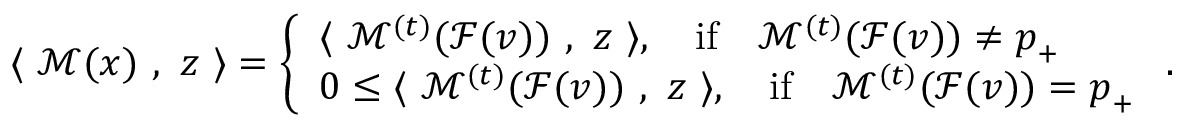
\langle ~ \mathcal { M } ( { \boldsymbol x } ) ~ , ~ { \boldsymbol z } ~ \rangle = \left\{ \begin{array} { l l } { \langle ~ \mathcal { M } ^ { ( t ) } ( \mathcal { F } ( v ) ) ~ , ~ { \boldsymbol z } ~ \rangle , \quad \mathrm { i f } \quad \mathcal { M } ^ { ( t ) } ( \mathcal { F } ( v ) ) \neq { \boldsymbol p } _ { + } } \\ { 0 \le \langle ~ \mathcal { M } ^ { ( t ) } ( \mathcal { F } ( v ) ) ~ , ~ { \boldsymbol z } ~ \rangle , \quad \mathrm { i f } \quad \mathcal { M } ^ { ( t ) } ( \mathcal { F } ( v ) ) = { \boldsymbol p } _ { + } } \end{array} \right. .